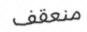
منعقف